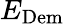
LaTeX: E_{\mathrm{Dem}}